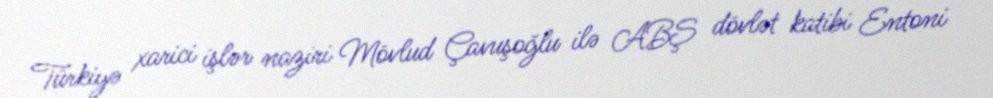
Türkiyə xarici işlər naziri Mövlud Çavuşoğlu ilə ABŞ dövlət katibi Entoni